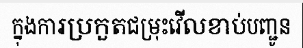
ក្នុងការប្រកួតជម្រុះវើលខាប់បញ្ជូន